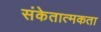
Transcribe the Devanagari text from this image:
संकेतात्मकता